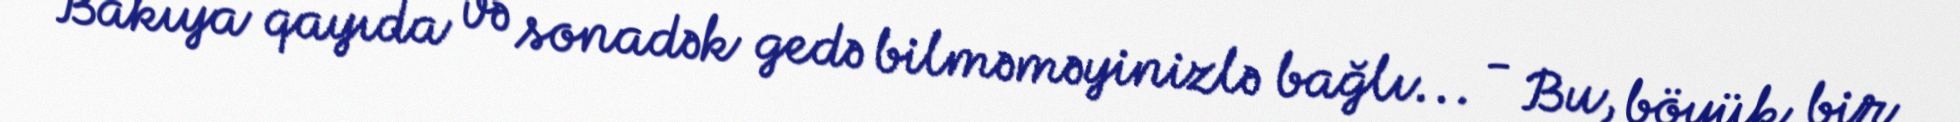
Bakıya qayıda və sonadək gedə bilməməyinizlə bağlı... - Bu, böyük bir